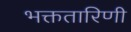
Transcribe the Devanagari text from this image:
भक्ततारिणी